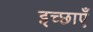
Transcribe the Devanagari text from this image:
इच्‍छाएँ